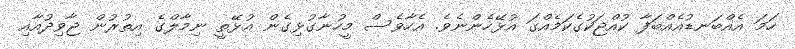
ހަމަ އެއްބަނޑުއެއްބަފާ ކުއްޖަކުގެކަމެއްގަ އުޅޭހެންނެވެ. އެހާވެސް މީހުނާގުޅިގެން އުޅޭތީ ނިމާލްގެ އިތުރުން ޖާވިދުއާއި